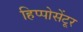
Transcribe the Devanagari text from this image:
हिप्पोसेंटूर